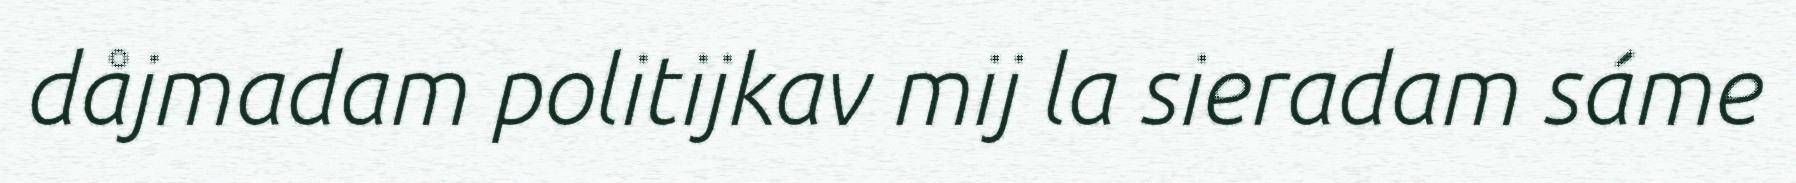
dåjmadam politijkav mij la sieradam sáme